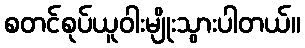
စတင်စုပ်ယူဝါးမျိုးသွားပါတယ်။